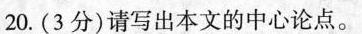
20（3分）请写出本文的中心论点。